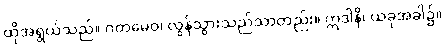
ထိုအရွယ်သည်။ ဂတမေဝ၊ လွန်သွားသည်သာတည်း။ ဣဒါနိ၊ ယခုအခါ၌။